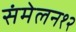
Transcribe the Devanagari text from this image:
संमेलन१२